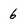
Character: 6